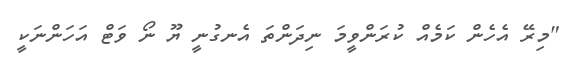
"މިރޭ އެހެން ކަމެއް ކުރަންވީމަ ނިދަންތަ އެނގުނީ ޔޫ ނޯ ވަޓް އަހަންނަކީ